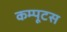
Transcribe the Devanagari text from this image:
कम्पूटस